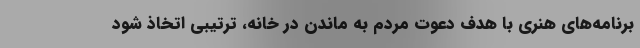
برنامه‌های هنری با هدف دعوت مردم به ماندن در خانه، ترتیبی اتخاذ شود